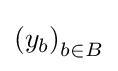
\left(y_{b}\right)_{b\in B}